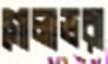
গোলাভরা